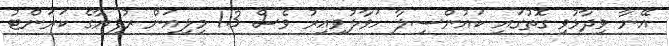
އޭނާ ވިދާޅުވި ގޮތުގައި ކައުންސިލާ ހަވާލުވިއިރު ވެސް 1.3 މިލިއަން ރުފިޔާގެ ކަރަންޓު